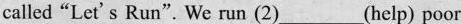
called"Let's Run". We run (2)___(help) poor